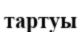
тартуы